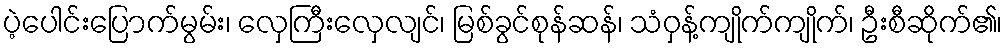
ပဲ့ပေါင်းပြောက်မွမ်း၊ လှေကြီးလှေလျင်၊ မြစ်ခွင်စုန်ဆန်၊ သံဝှန့်ကျိုက်ကျိုက်၊ ဦးစီဆိုက်၏၊